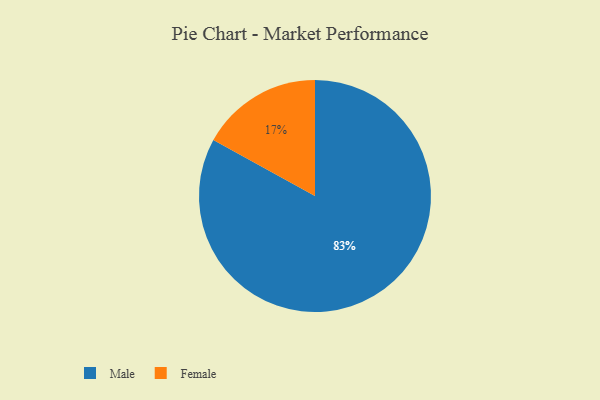
{"axis": {"x": "Category", "y": "Percentage"}, "legend": ["Female", "Male"], "data": [{"x": "Male", "y": 83, "type": "Male"}, {"x": "Female", "y": 17, "type": "Female"}]}